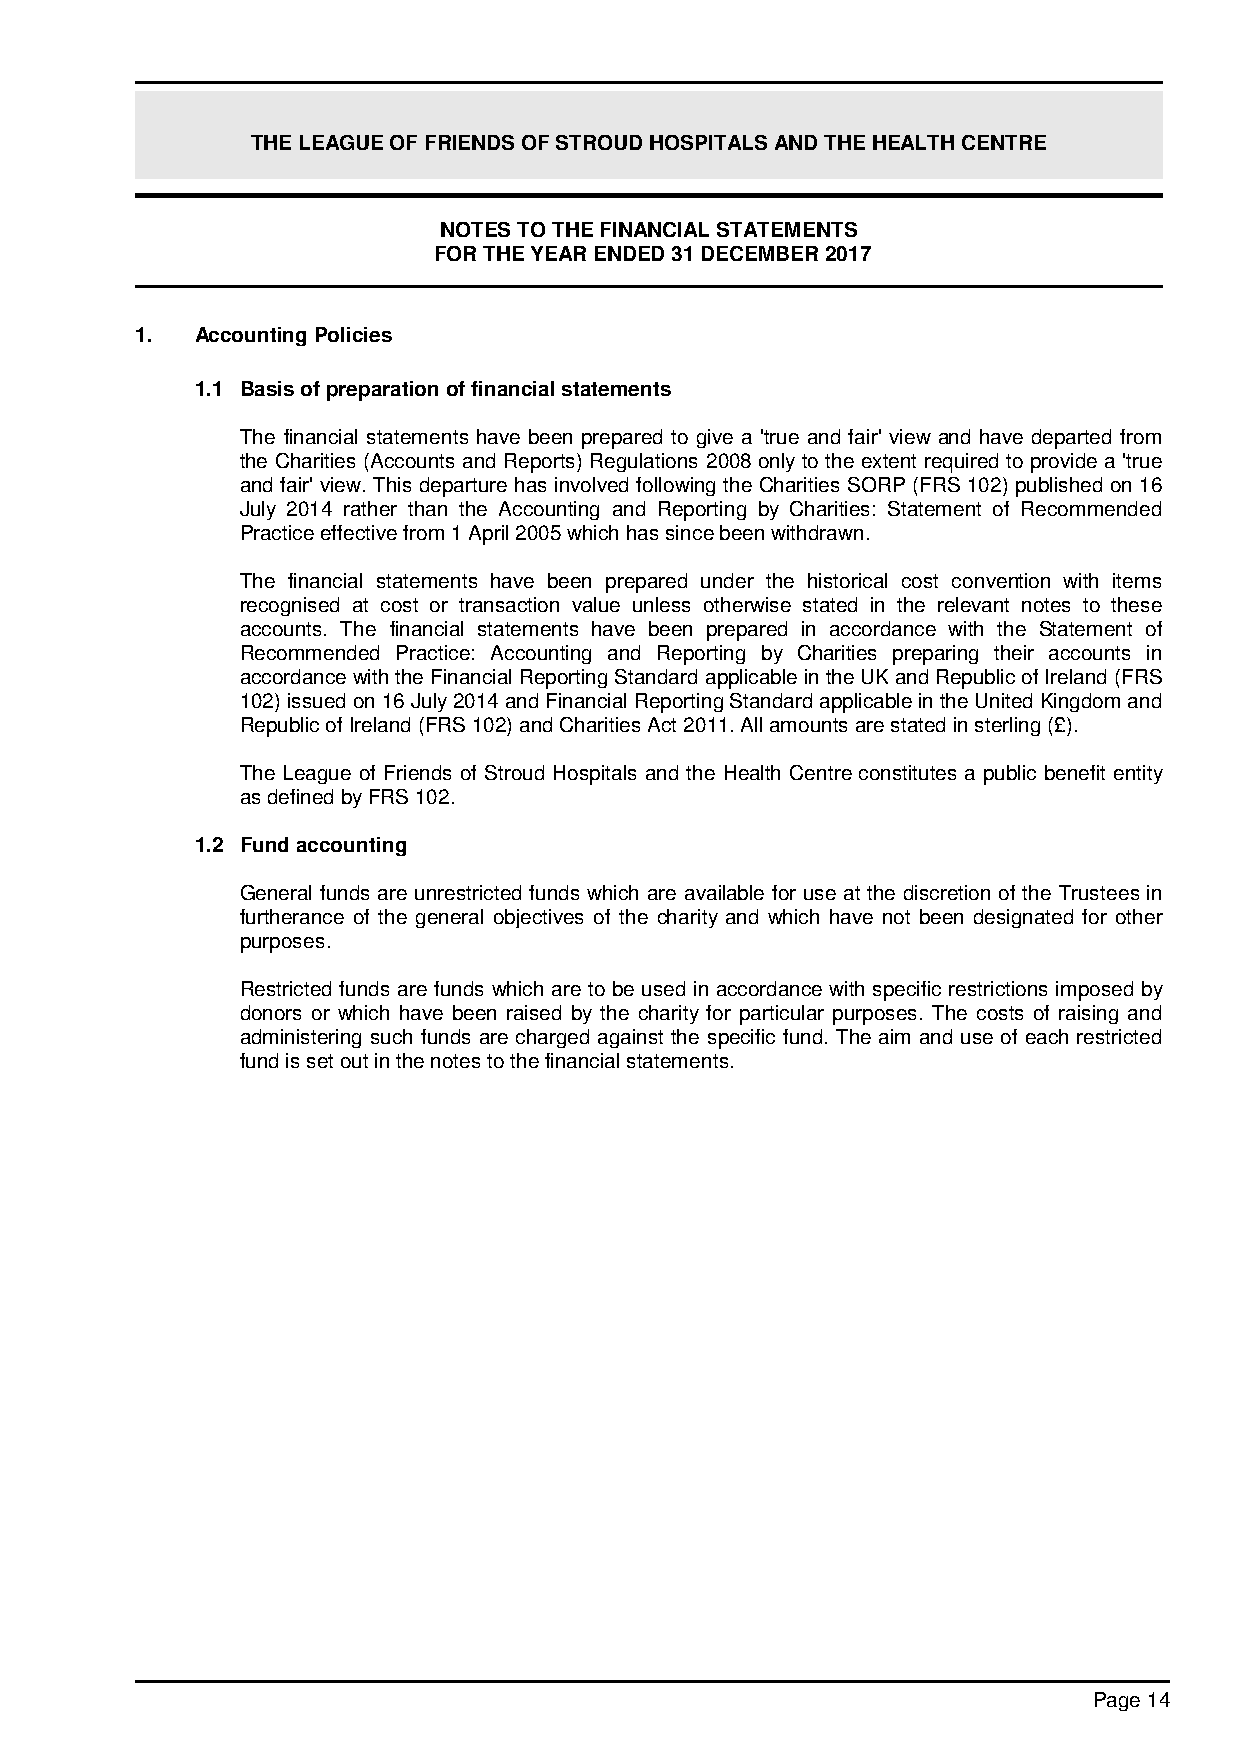
THE LEAGUE OF FRIENDS OF STROUD HOSPITALS AND THE HEALTH CENTRE
 NOTES TO THE FINANCIAL STATEMENTS
 FOR THE YEAR ENDED 31 DECEMBER 2017
 1.  Accounting Policies
 1.1 Basis of preparation of financial statements
 The financial statements have been prepared to give a 'true and fair' view and have departed from
 the Charities (Accounts and Reports) Regulations 2008 only to the extent required to provide a 'true
 and fair' view. This departure has involved following the Charities SORP (FRS 102) published on 16
 July 2014 rather than the Accounting and Reporting by Charities: Statement of Recommended
 Practice effective from 1 April 2005 which has since been withdrawn.
 The financial statements have been prepared under the historical cost convention with items
 recognised at cost or transaction value unless otherwise stated in the relevant notes to these
 accounts. The financial statements have been prepared in accordance with the Statement of
 Recommended Practice: Accounting and Reporting by Charities preparing their accounts in
 accordance with the Financial Reporting Standard applicable in the UK and Republic of Ireland (FRS
 102) issued on 16 July 2014 and Financial Reporting Standard applicable in the United Kingdom and
 Republic of Ireland (FRS 102) and Charities Act 2011. All amounts are stated in sterling (£).
 The League of Friends of Stroud Hospitals and the Health Centre constitutes a public benefit entity
 as defined by FRS 102.
 1.2 Fund accounting
 General funds are unrestricted funds which are available for use at the discretion of the Trustees in
 furtherance of the general objectives of the charity and which have not been designated for other
 purposes.
 Restricted funds are funds which are to be used in accordance with specific restrictions imposed by
 donors or which have been raised by the charity for particular purposes. The costs of raising and
 administering such funds are charged against the specific fund. The aim and use of each restricted
 fund is set out in the notes to the financial statements.
 Page 14